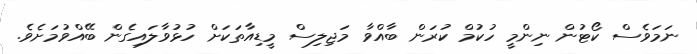
ނަމަވެސް ކޯޓުން ނިންމީ ހުކުމް ކުރަން ބާއްވާ މަޖިލިސް މީޑިއާތަކަށް ހުޅުވާލައިގެން ބޭއްވުމަށެވެ.